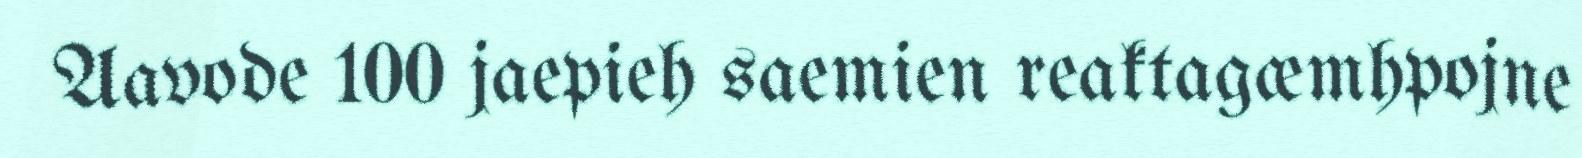
Aavode 100 jaepieh saemien reaktagæmhpojne